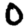
Digit: 0